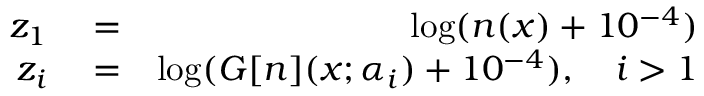
\begin{array} { r l r } { z _ { 1 } } & { { } = } & { \log ( n ( x ) + 1 0 ^ { - 4 } ) } \\ { z _ { i } } & { { } = } & { \log ( G [ n ] ( x ; \alpha _ { i } ) + 1 0 ^ { - 4 } ) , \quad i > 1 } \end{array}